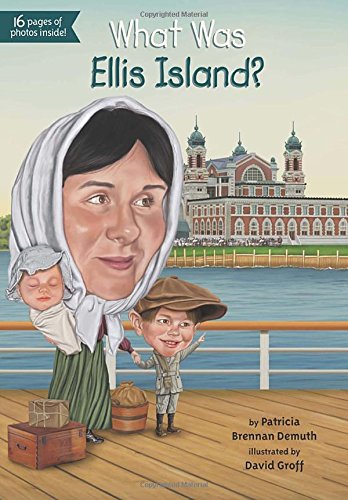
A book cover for What Was Ellis Island?; Patricia Brennan Demuth; Children's Books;